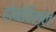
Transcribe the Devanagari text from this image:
होनेविल्ल